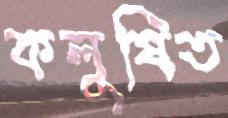
কলুষিত